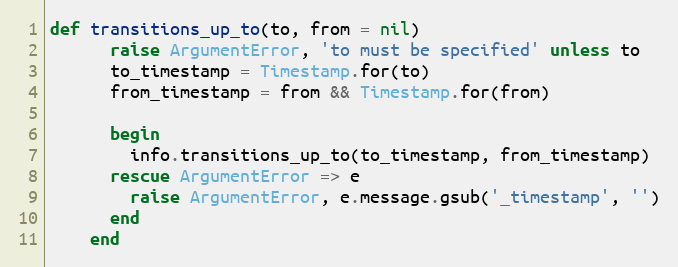
Language: Ruby
def transitions_up_to(to, from = nil)
      raise ArgumentError, 'to must be specified' unless to
      to_timestamp = Timestamp.for(to)
      from_timestamp = from && Timestamp.for(from)

      begin
        info.transitions_up_to(to_timestamp, from_timestamp)
      rescue ArgumentError => e
        raise ArgumentError, e.message.gsub('_timestamp', '')
      end
    end